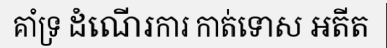
គាំទ្រ ដំណើរការ កាត់ទោស អតីត